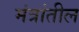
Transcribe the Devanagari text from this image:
मंत्रांतील